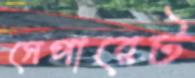
সেপারেট